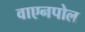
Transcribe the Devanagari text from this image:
वाएनपोल